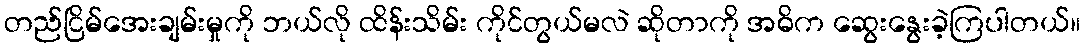
တည်ငြိမ်အေးချမ်းမှုကို ဘယ်လို ထိန်းသိမ်း ကိုင်တွယ်မလဲ ဆိုတာကို အဓိက ဆွေးနွေးခဲ့ကြပါတယ်။